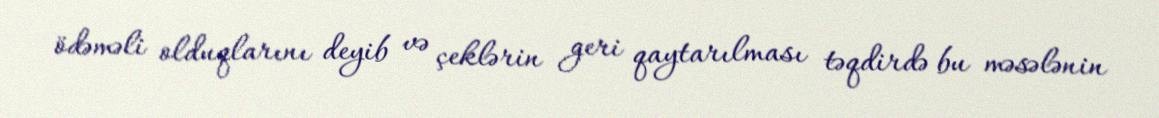
ödəməli olduqlarını deyib və çeklərin geri qaytarılması təqdirdə bu məsələnin